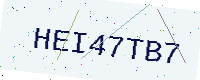
Text: HEI47TB7